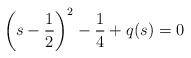
\begin{align*}\left(s-\frac{1}{2}\right)^2-\frac{1}{4}+q(s)=0 \end{align*}